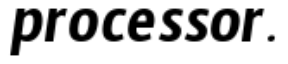
processor.